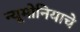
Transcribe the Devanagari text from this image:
न्यूमोनियाचे